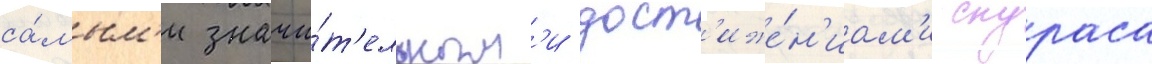
са́мым'и значи́т'ельным'и дост'иже́н'иам'и скураса